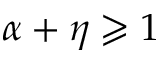
\alpha + \eta \geqslant 1